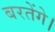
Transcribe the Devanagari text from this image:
बरतेंगे।